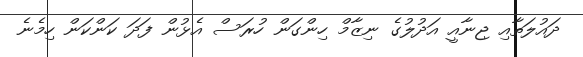
ދައުލަތާއި ޖިނާއީ އަދުލުގެ ނިޒާމް ހިންގަން ހުރަސް އެޅުން ފަދަ ކަންކަން ހިމެނެ